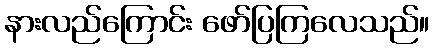
နားလည်ကြောင်း ဖော်ပြကြလေသည်။